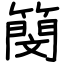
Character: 簢